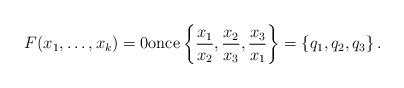
LaTeX: \begin{align*} F(x_1,\ldots,x_k)=0 \mathrm{once} \left\{ \frac{x_1}{x_2},\frac{x_2}{x_3}, \frac{x_3}{x_1} \right\}=\{q_1,q_2,q_3\} \,.\end{align*}